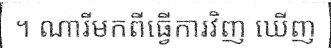
។ ណារីមកពីធ្វើការវិញ ឃើញ